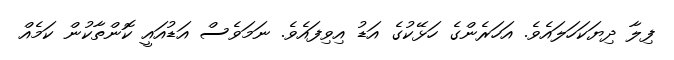
ފިލާ ދިޔަކަހަލައެވެ. އަހަރެންގެ ހަޅޭކުގެ އަޑު އިވިފައެވެ. ނަމަވެސް އަޑުއައީ ކޮންތާކުން ކަމެއް